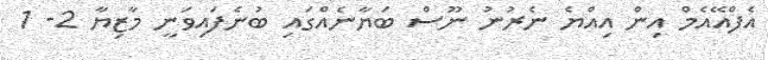
އެފްއޭއެމް އިން އިއްޔެ ނެރުނު ނޫސް ބަޔާނެއްގައި ބުނެފައިވަނީ މާޒިޔާ 2- 1